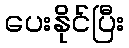
ပေးနိုင်ပြီး